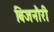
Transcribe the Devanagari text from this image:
बिजनौरी